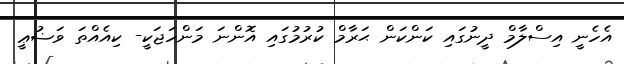
އެހެނީ އިސްލާމް ދީނުގައި ކަންކަން ޙަރާމް ކުރުމުގައި އޮންނަ މަންހަޖަކީ- ކިއެއްތަ ވަޟުޢީ